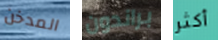
المدخن براندون أكثر